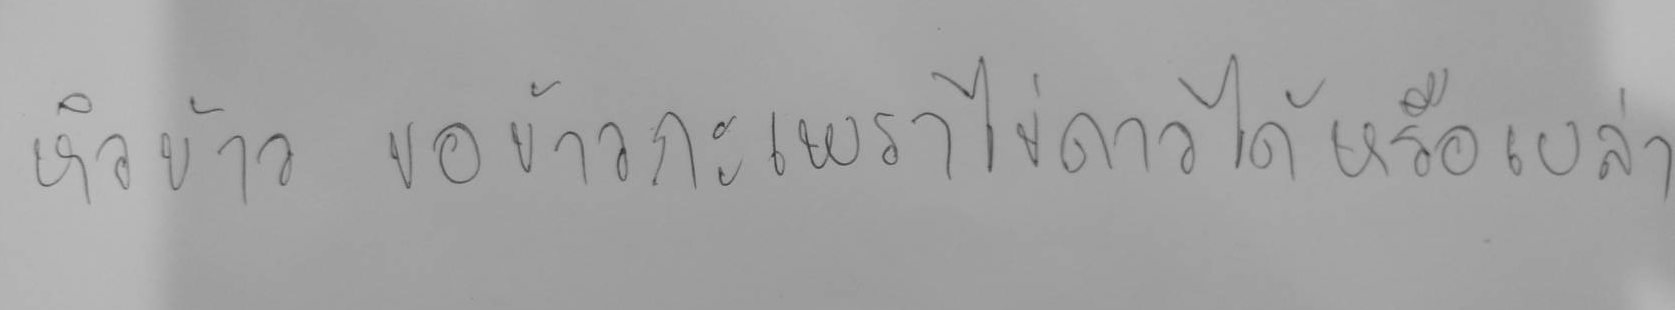
หิวข้าว ขอข้าวกะเพราไข่ดาวได้หรือเปล่า